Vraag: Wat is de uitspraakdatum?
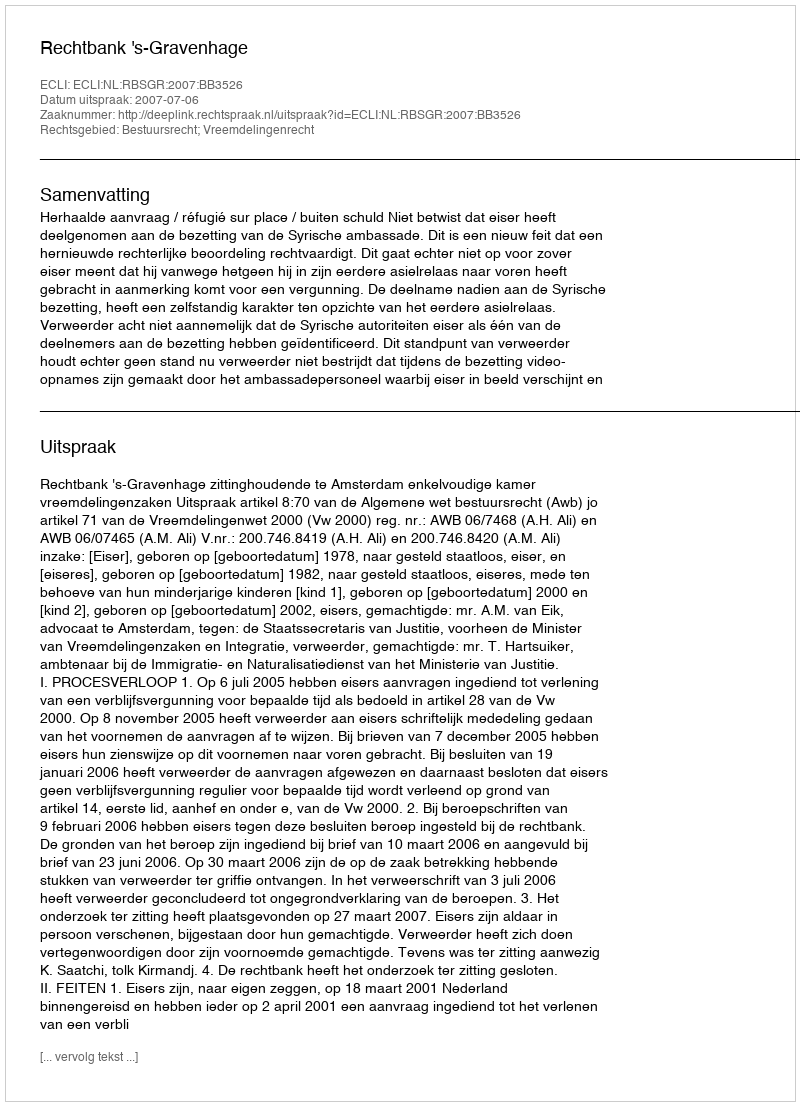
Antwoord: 2007-07-06